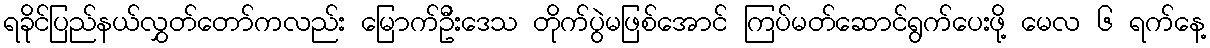
ရခိုင်ပြည်နယ်လွှတ်တော်ကလည်း မြောက်ဦးဒေသ တိုက်ပွဲမဖြစ်အောင် ကြပ်မတ်ဆောင်ရွက်ပေးဖို့ မေလ ၆ ရက်နေ့